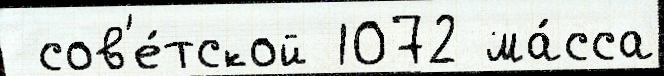
 сов'е́тской 1072 ма́сса